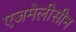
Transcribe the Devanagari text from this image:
एजमेलीसीन